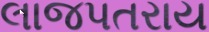
લાજપતરાય